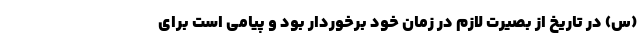
(س) در تاریخ از بصیرت لازم در زمان خود برخوردار بود و پیامی است برای